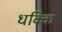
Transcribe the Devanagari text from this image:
धक्कि